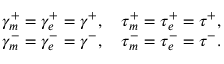
\begin{array} { r } { \gamma _ { m } ^ { + } = \gamma _ { e } ^ { + } = \gamma ^ { + } , \quad \tau _ { m } ^ { + } = \tau _ { e } ^ { + } = \tau ^ { + } , } \\ { \gamma _ { m } ^ { - } = \gamma _ { e } ^ { - } = \gamma ^ { - } , \quad \tau _ { m } ^ { - } = \tau _ { e } ^ { - } = \tau ^ { - } . } \end{array}